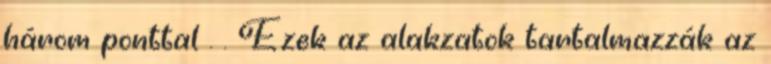
három ponttal . . Ezek az alakzatok tartalmazzák az